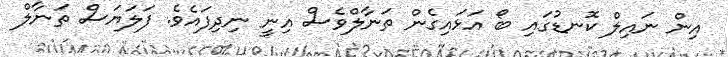
އިން ނައިލް ކޮނޑުގައި ބޯ އަޅައިގެން ތަނާލްވެސް އިނީ ނިދިފައެވެ. ފަލަޔަސް ތަނާލް